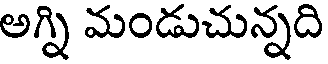
అగ్ని మండుచున్నది